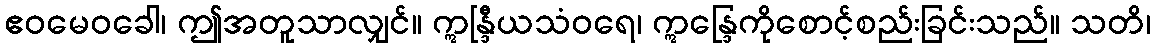
ဧဝမေဝခေါ၊ ဤအတူသာလျှင်။ ဣန္ဒြီယသံဝရေ၊ ဣန္ဒြေကိုစောင့်စည်းခြင်းသည်။ သတိ၊